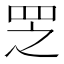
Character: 𱺻